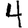
Digit: 4